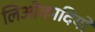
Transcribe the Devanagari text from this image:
लिओकादियो